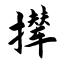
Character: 撵